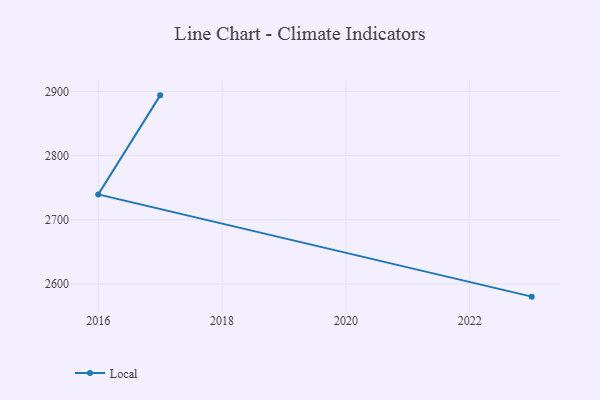
{"axis": {"x": "Year", "y": "Inventory Turnover"}, "legend": ["Local"], "data": [{"x": "2023", "y": 2580.4, "type": "Local"}, {"x": "2016", "y": 2739.6, "type": "Local"}, {"x": "2017", "y": 2893.9, "type": "Local"}]}